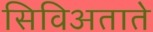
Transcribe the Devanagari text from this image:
सिविअताते